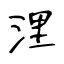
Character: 浬